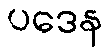
ပဒေန